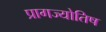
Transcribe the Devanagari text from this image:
प्रागज्योतिष